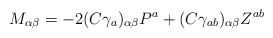
\begin{align*}M_{\alpha\beta}=-2(C\gamma_a)_{\alpha\beta}P^a+(C\gamma_{ab})_{\alpha\beta}Z^{ab}\end{align*}